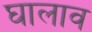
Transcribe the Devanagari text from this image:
घालाव